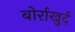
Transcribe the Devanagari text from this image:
बोर्राखुर्द